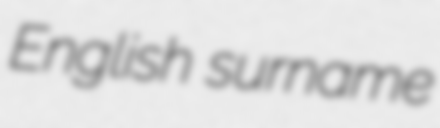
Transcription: English surname